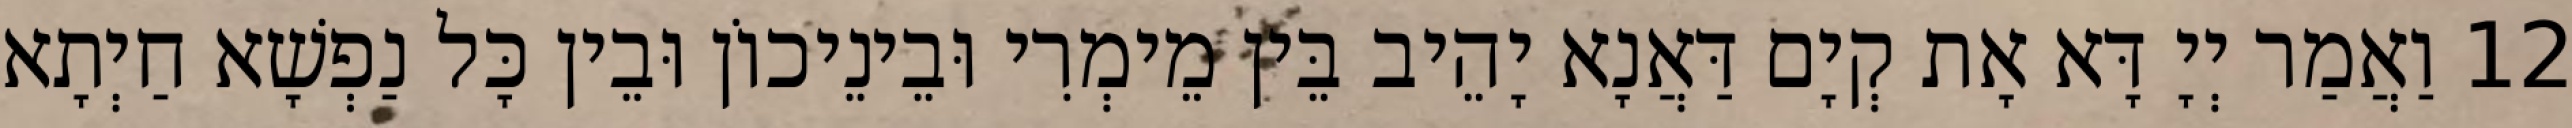
12 וַאֲמַר יְיָ דָּא אָת קְיָם דַּאֲנָא יָהֵיב בֵּין מֵימְרִי וּבֵינֵיכוֹן וּבֵין כָּל נַפְשָׁא חַיְתָא